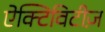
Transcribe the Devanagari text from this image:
ऐक्टिविटीज़